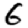
Digit: 6